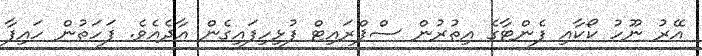
އޭރު ނޫހު ކޯކާއި ފެންޓާގެ އިތުރުން ސްޕްރައިޓް ފުޅިހިފައިގެން އާދެއެވެ. ފަހަތުން ހައިފާ